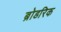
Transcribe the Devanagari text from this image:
ब्रोडरिक